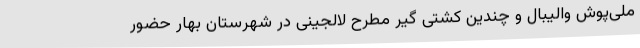
ملی‌پوش والیبال و چندین کشتی گیر مطرح لالجینی در شهرستان بهار حضور